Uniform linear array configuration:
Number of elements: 32
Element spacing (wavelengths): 1
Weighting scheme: binomial
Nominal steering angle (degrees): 15
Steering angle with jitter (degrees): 14.942
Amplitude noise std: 0.05
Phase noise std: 0.05

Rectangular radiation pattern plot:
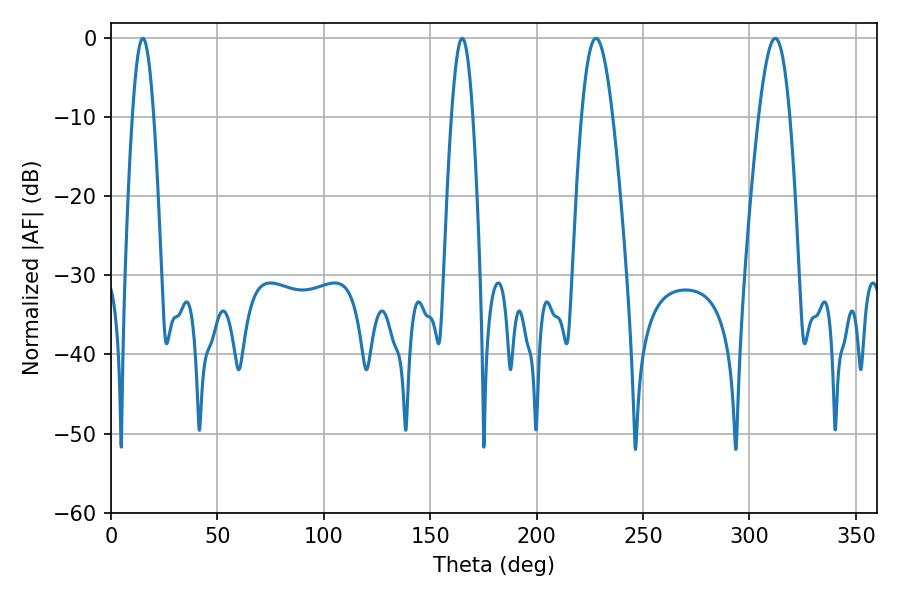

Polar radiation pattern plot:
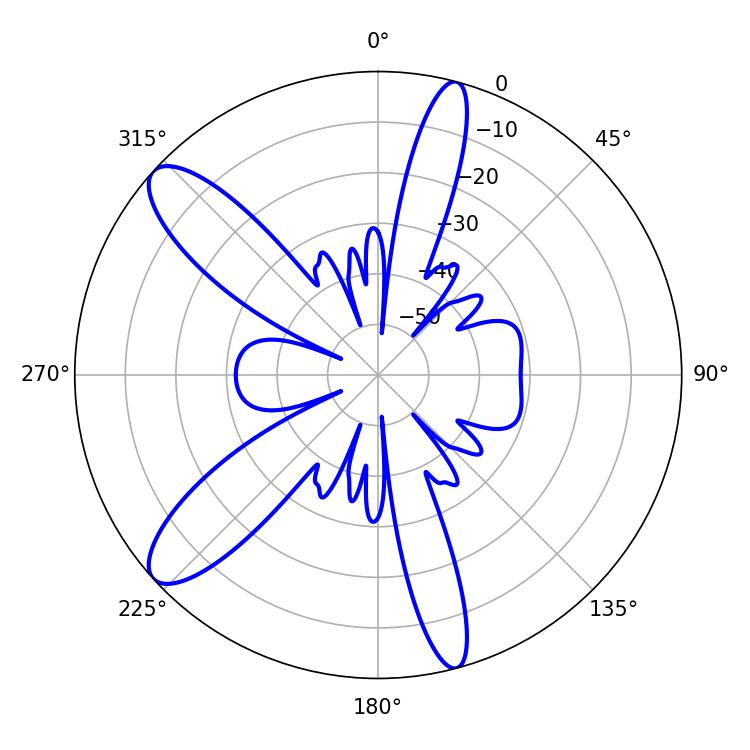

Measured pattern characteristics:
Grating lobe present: TRUE
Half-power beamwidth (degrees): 7.92
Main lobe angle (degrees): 227.88